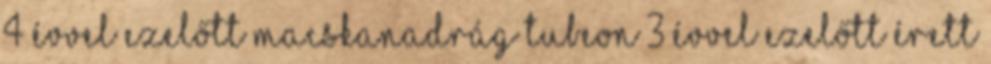
4 évvel ezelőtt macskanadrág TubeOn 3 évvel ezelőtt érett